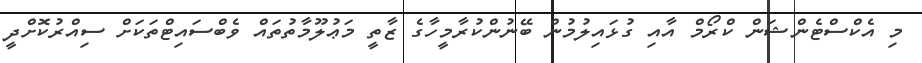
މި އެކްސްޓެންޝަން ކްރޯމް އާއި ގުޅައިލުމުން ބޭނުންކުރާމީހާގެ ޒާތީ މަޢުލޫމާތުތައް ވެބްސައިޓްތަކަށް ސިއްރުކޮށްދީ